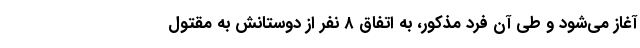
آغاز می‌شود و طی آن فرد مذکور، به اتفاق ۸ نفر از دوستانش به مقتول